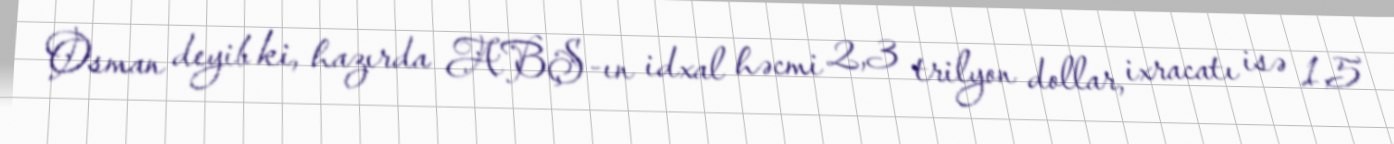
Osman deyib ki, hazırda ABŞ-ın idxal həcmi 2,3 trilyon dollar, ixracatı isə 1,5